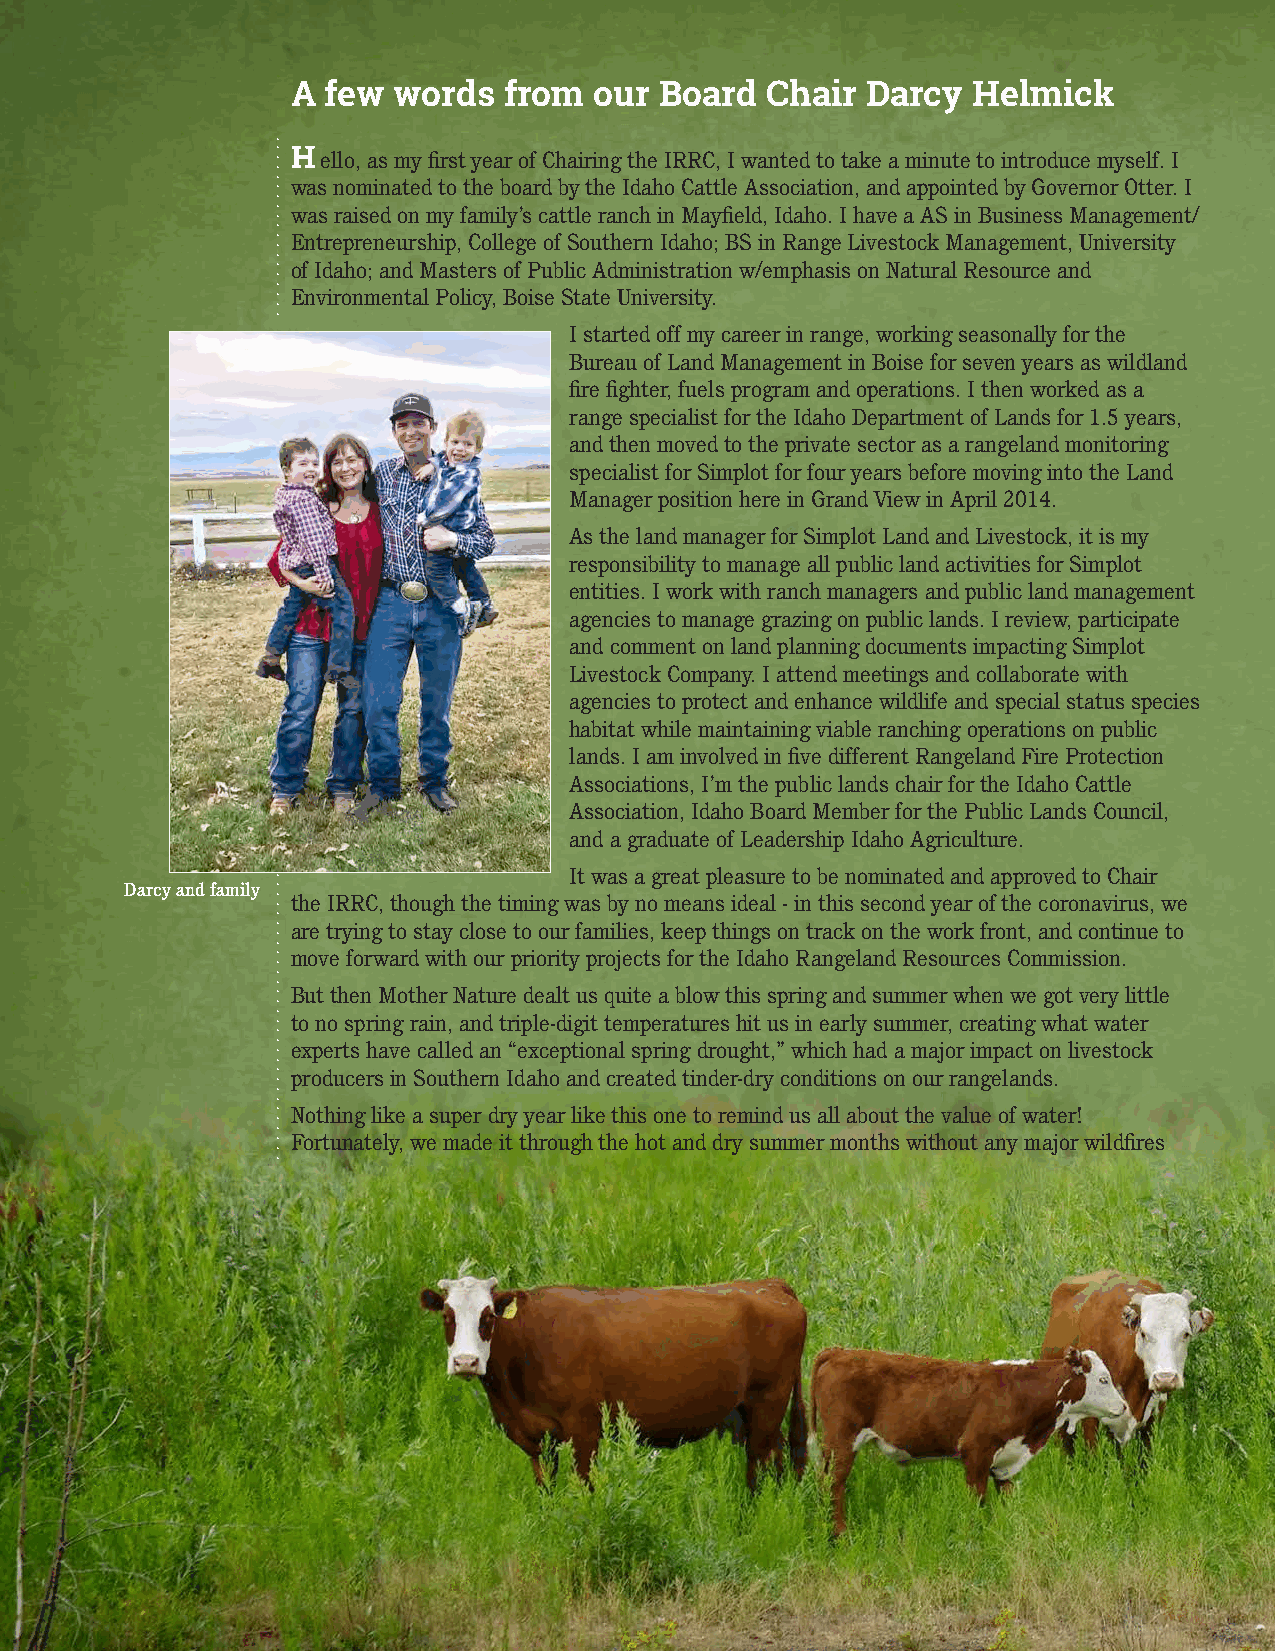
A  few words  from  our  Board  Chair Darcy  Helmick
 Hello, as my first year of Chairing the IRRC, I wanted to take a minute to introduce myself. I
 was nominated to the board by the Idaho Cattle Association, and appointed by Governor Otter. I
 was raised on my family’s cattle ranch in Mayfield, Idaho. I have a AS in Business Management/
 Entrepreneurship, College of Southern Idaho; BS in Range Livestock Management, University
 of Idaho; and Masters of Public Administration w/emphasis on Natural Resource and
 Environmental Policy, Boise State University.
 I started off my career in range, working seasonally for the
 Bureau of Land Management in Boise for seven years as wildland
 fire fighter, fuels program and operations. I then worked as a
 range specialist for the Idaho Department of Lands for 1.5 years,
 and then moved to the private sector as a rangeland monitoring
 specialist for Simplot for four years before moving into the Land
 Manager position here in Grand View in April 2014.
 As the land manager for Simplot Land and Livestock, it is my
 responsibility to manage all public land activities for Simplot
 entities. I work with ranch managers and public land management
 agencies to manage grazing on public lands. I review, participate
 and comment on land planning documents impacting Simplot
 Livestock Company. I attend meetings and collaborate with
 agencies to protect and enhance wildlife and special status species
 habitat while maintaining viable ranching operations on public
 lands. I am involved in five different Rangeland Fire Protection
 Associations, I’m the public lands chair for the Idaho Cattle
 Association, Idaho Board Member for the Public Lands Council,
 and a graduate of Leadership Idaho Agriculture.
 It was a great pleasure to be nominated and approved to Chair
 Darcy and family
 the IRRC, though the timing was by no means ideal - in this second year of the coronavirus, we
 are trying to stay close to our families, keep things on track on the work front, and continue to
 move forward with our priority projects for the Idaho Rangeland Resources Commission.
 But then Mother Nature dealt us quite a blow this spring and summer when we got very little
 to no spring rain, and triple-digit temperatures hit us in early summer, creating what water
 experts have called an “exceptional spring drought,” which had a major impact on livestock
 producers in Southern Idaho and created tinder-dry conditions on our rangelands.
 Nothing like a super dry year like this one to remind us all about the value of water!
 Fortunately, we made it through the hot and dry summer months without any major wildfires
 ...................
 ..............................